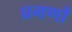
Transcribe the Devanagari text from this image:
प्रगणों